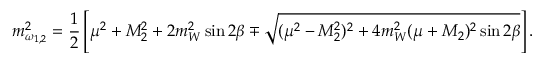
m _ { \omega _ { 1 , 2 } } ^ { 2 } = { \frac { 1 } { 2 } } \left[ \mu ^ { 2 } + M _ { 2 } ^ { 2 } + 2 m _ { W } ^ { 2 } \sin 2 \beta \mp \sqrt { ( \mu ^ { 2 } - M _ { 2 } ^ { 2 } ) ^ { 2 } + 4 m _ { W } ^ { 2 } ( \mu + M _ { 2 } ) ^ { 2 } \sin 2 \beta } \right] .